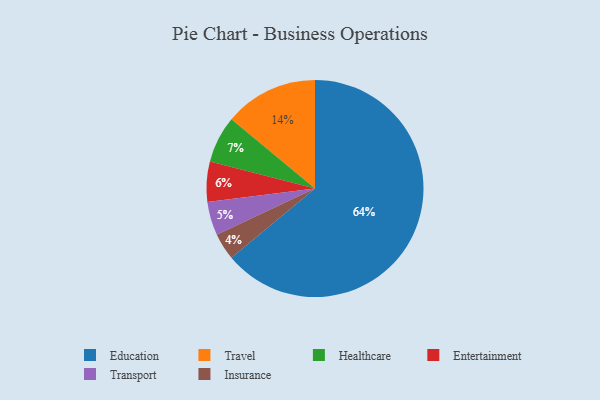
{"axis": {"x": "Category", "y": "Percentage"}, "legend": ["Education", "Entertainment", "Healthcare", "Insurance", "Transport", "Travel"], "data": [{"x": "Travel", "y": 14, "type": "Travel"}, {"x": "Entertainment", "y": 6, "type": "Entertainment"}, {"x": "Healthcare", "y": 7, "type": "Healthcare"}, {"x": "Insurance", "y": 4, "type": "Insurance"}, {"x": "Transport", "y": 5, "type": "Transport"}, {"x": "Education", "y": 64, "type": "Education"}]}